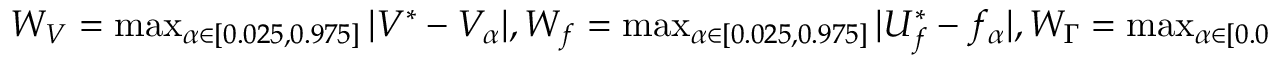
\begin{array} { r } { W _ { V } = \operatorname* { m a x } _ { \alpha \in [ 0 . 0 2 5 , 0 . 9 7 5 ] } | V ^ { * } - V _ { \alpha } | , W _ { f } = \operatorname* { m a x } _ { \alpha \in [ 0 . 0 2 5 , 0 . 9 7 5 ] } | U _ { f } ^ { * } - f _ { \alpha } | , W _ { \Gamma } = \operatorname* { m a x } _ { \alpha \in [ 0 . 0 2 5 , 0 . 9 7 5 ] } | \Gamma ^ { * } - \Gamma _ { \alpha } | , W _ { b } = \operatorname* { m a x } _ { \alpha \in [ 0 . 0 2 5 , 0 . 9 7 5 ] } | b ^ { * } - b _ { \alpha } | , } \end{array}